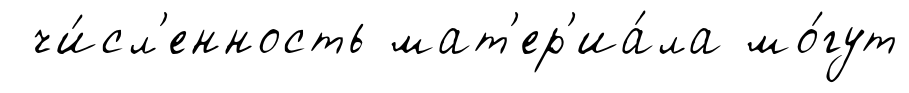
чи́сл'енность мат'ер'иа́ла мо́гут